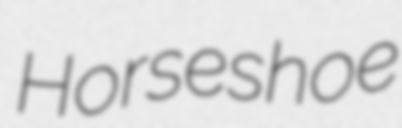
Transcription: Horseshoe